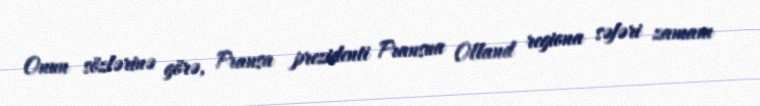
Onun sözlərinə görə, Fransa prezidenti Fransua Olland regiona səfəri zamanı